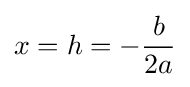
x=h=-{\frac {b}{2a}}